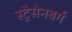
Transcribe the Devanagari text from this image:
स्ट्रैसेनबर्ग